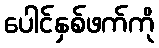
ပေါင်နှစ်ဖက်ကို